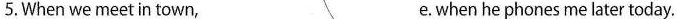
5.When we meet in town, e.when he phones me later today.